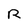
Character: R